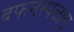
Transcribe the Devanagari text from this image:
दफनस्थळास